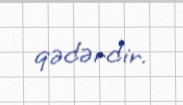
qədərdir.